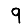
Digit: 9